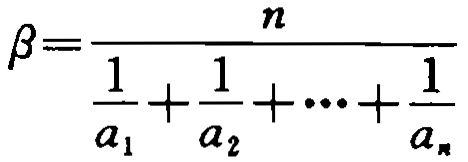
\(\beta=\frac{n}{\frac{1}{a_{1}}+\frac{1}{a_{2}}+\cdots+\frac{1}{a_{n}}}\)